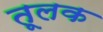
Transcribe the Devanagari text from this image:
तूलक